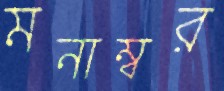
মনাম্বর